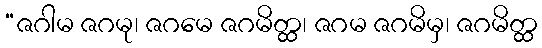
“ဇဂါမ ဇဂမု၊ ဇဂမေ ဇဂမိတ္ထ၊ ဇဂမ ဇဂမိမှ၊ ဇဂမိတ္ထ